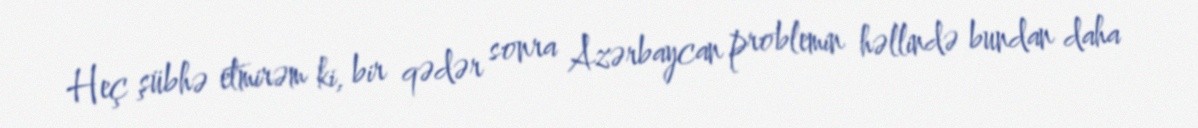
Heç şübhə etmirəm ki, bir qədər sonra Azərbaycan problemin həllində bundan daha